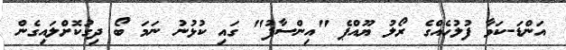
އަންޑަ-ކަވާ ފުލުހެއްގެ ރޯލު ޔޫއްޕެ "އިންސާފު" ގައި ކުޅުނު ނަމަ ބޯ ދިގުކޮށްލައިގެން